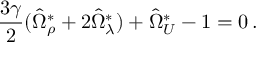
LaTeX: \frac { 3 \gamma } { 2 } ( \hat { \Omega } _ { \rho } ^ { \ast } + 2 \hat { \Omega } _ { \lambda } ^ { \ast } ) + \hat { \Omega } _ { \cal U } ^ { \ast } - 1 = 0 \, .